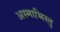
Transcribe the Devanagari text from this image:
अस्माभिस्तु